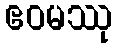
ဧဝမဿု